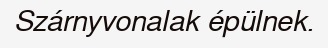
Szárnyvonalak épülnek.